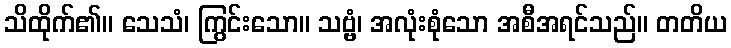
သိထိုက်၏။ သေသံ၊ ကြွင်းသော။ သဗ္ဗံ၊ အလုံးစုံသော အစီအရင်သည်။ တတိယ